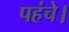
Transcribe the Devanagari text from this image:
पहंचे।